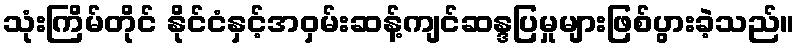
သုံးကြိမ်တိုင် နိုင်ငံနှင့်အဝှမ်းဆန့်ကျင်ဆန္ဒပြမှုများဖြစ်ပွားခဲ့သည်။